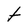
Character: t